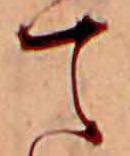
て